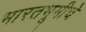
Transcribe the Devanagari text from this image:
भारतभूमीचे